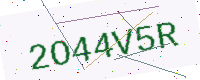
Text: 2O44V5R